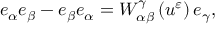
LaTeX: e _ { \alpha } e _ { \beta } - e _ { \beta } e _ { \alpha } = W _ { \alpha \beta } ^ { \gamma } \left( u ^ { \varepsilon } \right) e _ { \gamma } ,